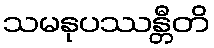
သမနုပဿန္တီတိ